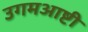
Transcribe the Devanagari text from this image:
उगमआष्टी